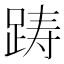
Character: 踌